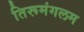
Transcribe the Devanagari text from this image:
तिरूमंगलम